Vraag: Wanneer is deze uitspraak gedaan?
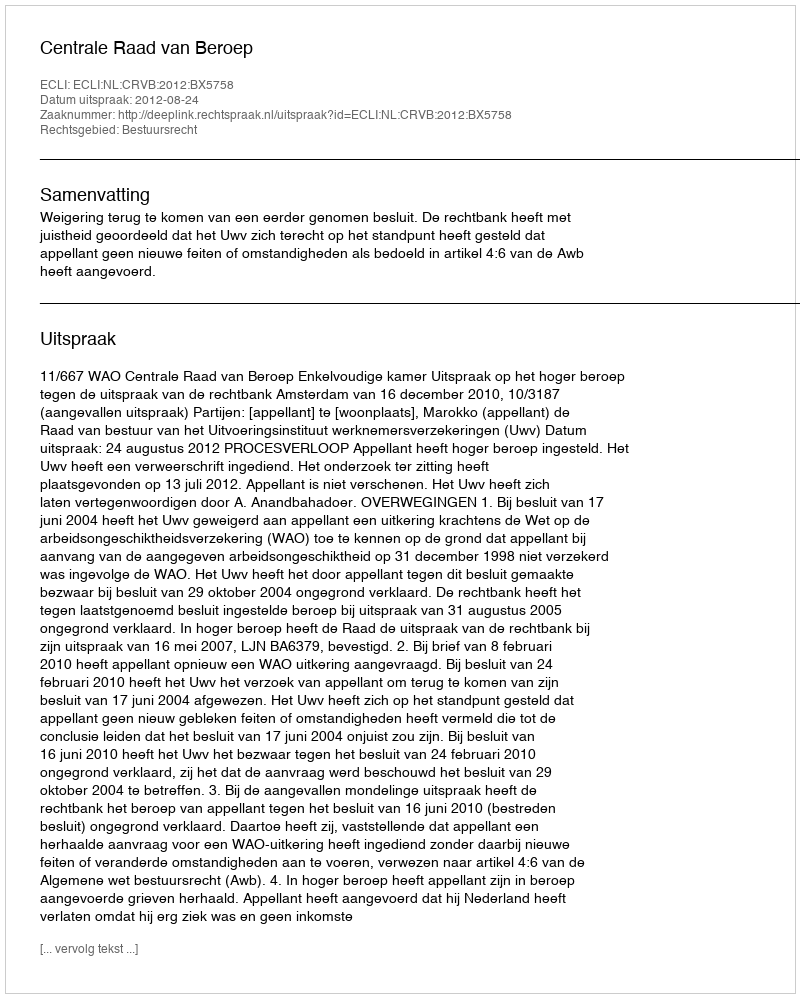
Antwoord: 2012-08-24